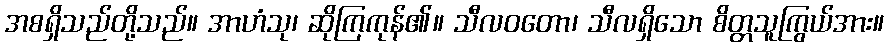
အစရှိသည်တို့သည်။ အာဟံသု၊ ဆိုကြကုန်၏။ သီလဝတော၊ သီလရှိသော စိတ္တသူကြွယ်အား။